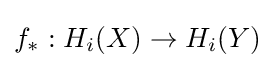
f_{*}:H_{i}(X)\to H_{i}(Y)